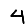
Digit: 4